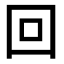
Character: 回